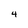
Character: 4